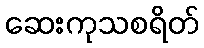
ဆေးကုသစရိတ်